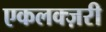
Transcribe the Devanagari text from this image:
एकलक्ज़री